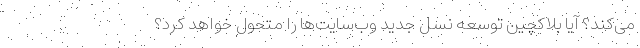
می‌کند؟ آیا بلاکچین توسعه نسل جدید وب‌سایت‌ها را متحول خواهد کرد؟